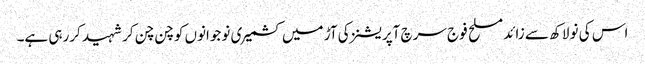
اس کی نو لاکھ سے زائد مسلح فوج سرچ آپریشنز کی آڑ میں کشمیری نوجوانوں کو چن چن کر شہید کررہی ہے۔